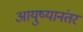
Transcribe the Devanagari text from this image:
आयुष्यानंतर